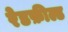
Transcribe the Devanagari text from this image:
रेडफ़ील्ड